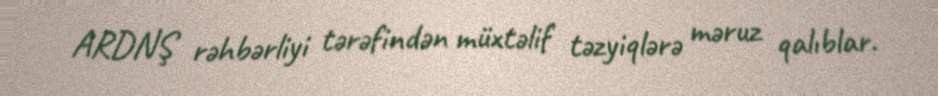
ARDNŞ rəhbərliyi tərəfindən müxtəlif təzyiqlərə məruz qalıblar.